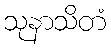
သုနာသိတံ